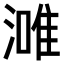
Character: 𣼲